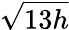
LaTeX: \sqrt{13h}